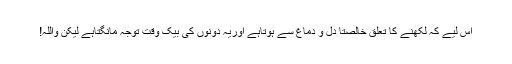
اس لیے کہ لکھنے کا تعلق خالصتاً دل و دماغ سے ہوتاہے اوریہ دونوں کی بیک وقت توجہ مانگتاہے لیکن واللہ!